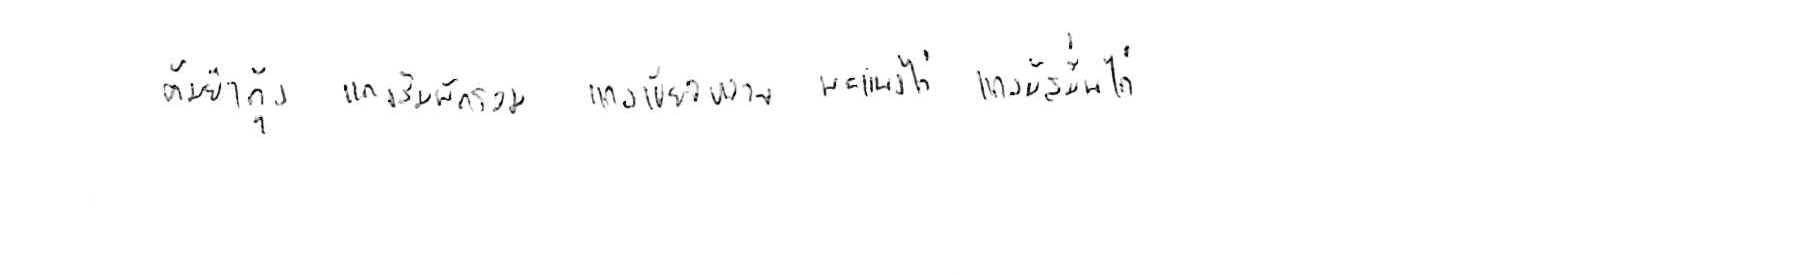
ต้มยำกุ้ง แกงส้มผักรวม แกงเขียวหวาน พะแนงไก่ แกงมัสมั่นไก่